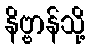
နိဗ္ဗာန်သို့